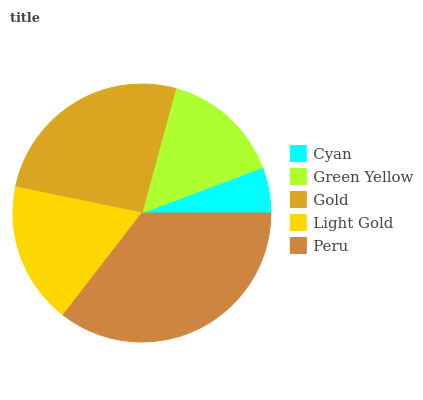
| Cyan | Green Yellow | Gold | Light Gold | Peru |
 | --- | --- | --- | --- | --- |
 | 5.73% | 15% | 25.9% | 17.8% | 35.5% |